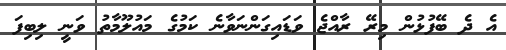
އެ ދެ ބޭފުޅުން މިރޭ ރާއްޖެ ވަޑައިގަންނަވާނެ ކަމުގެ މައުލޫމާތު ވަނީ ލިބިފަ